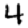
Digit: 4